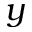
y